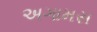
અગામસ